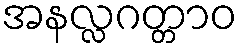
အနလ္လဂတ္တာဝ